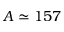
A \simeq 1 5 7